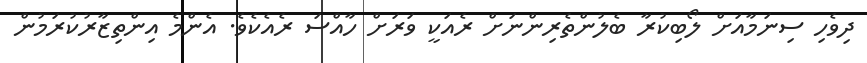
ދިވެހި ސިނަމާއަށް ލޯބިކުރާ ބެލުންތެރިންނަށް ރެއަކީ ވަރަށް ހާއްސަ ރެއެކެވެ. އެންމެ އިންތިޒާރުކުރަމުން